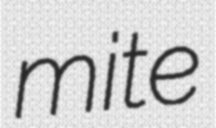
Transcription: mite